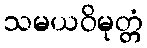
သမယဝိမုတ္တံ